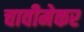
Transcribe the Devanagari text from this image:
चावीमेकर